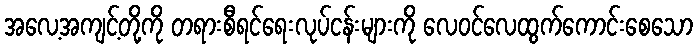
အလေ့အကျင့်တို့ကို တရားစီရင်ရေးလုပ်ငန်းများကို လေဝင်လေထွက်ကောင်းစေသော